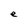
Character: e